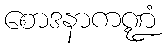
စောဒနာကဏ္ဍံ